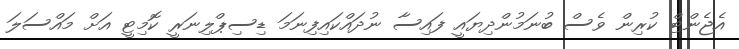
އެޖެންޓް ކުރިން ވެސް ބުނަމުންދިޔައީ ފައިސާ ނުދައްކައިފިނަމަ ޑިސިޕްލިނަރީ ކޮމިޓީ އަށް މައްސަލަ